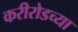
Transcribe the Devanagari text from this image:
करीरोडच्या